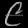
Digit: ၉